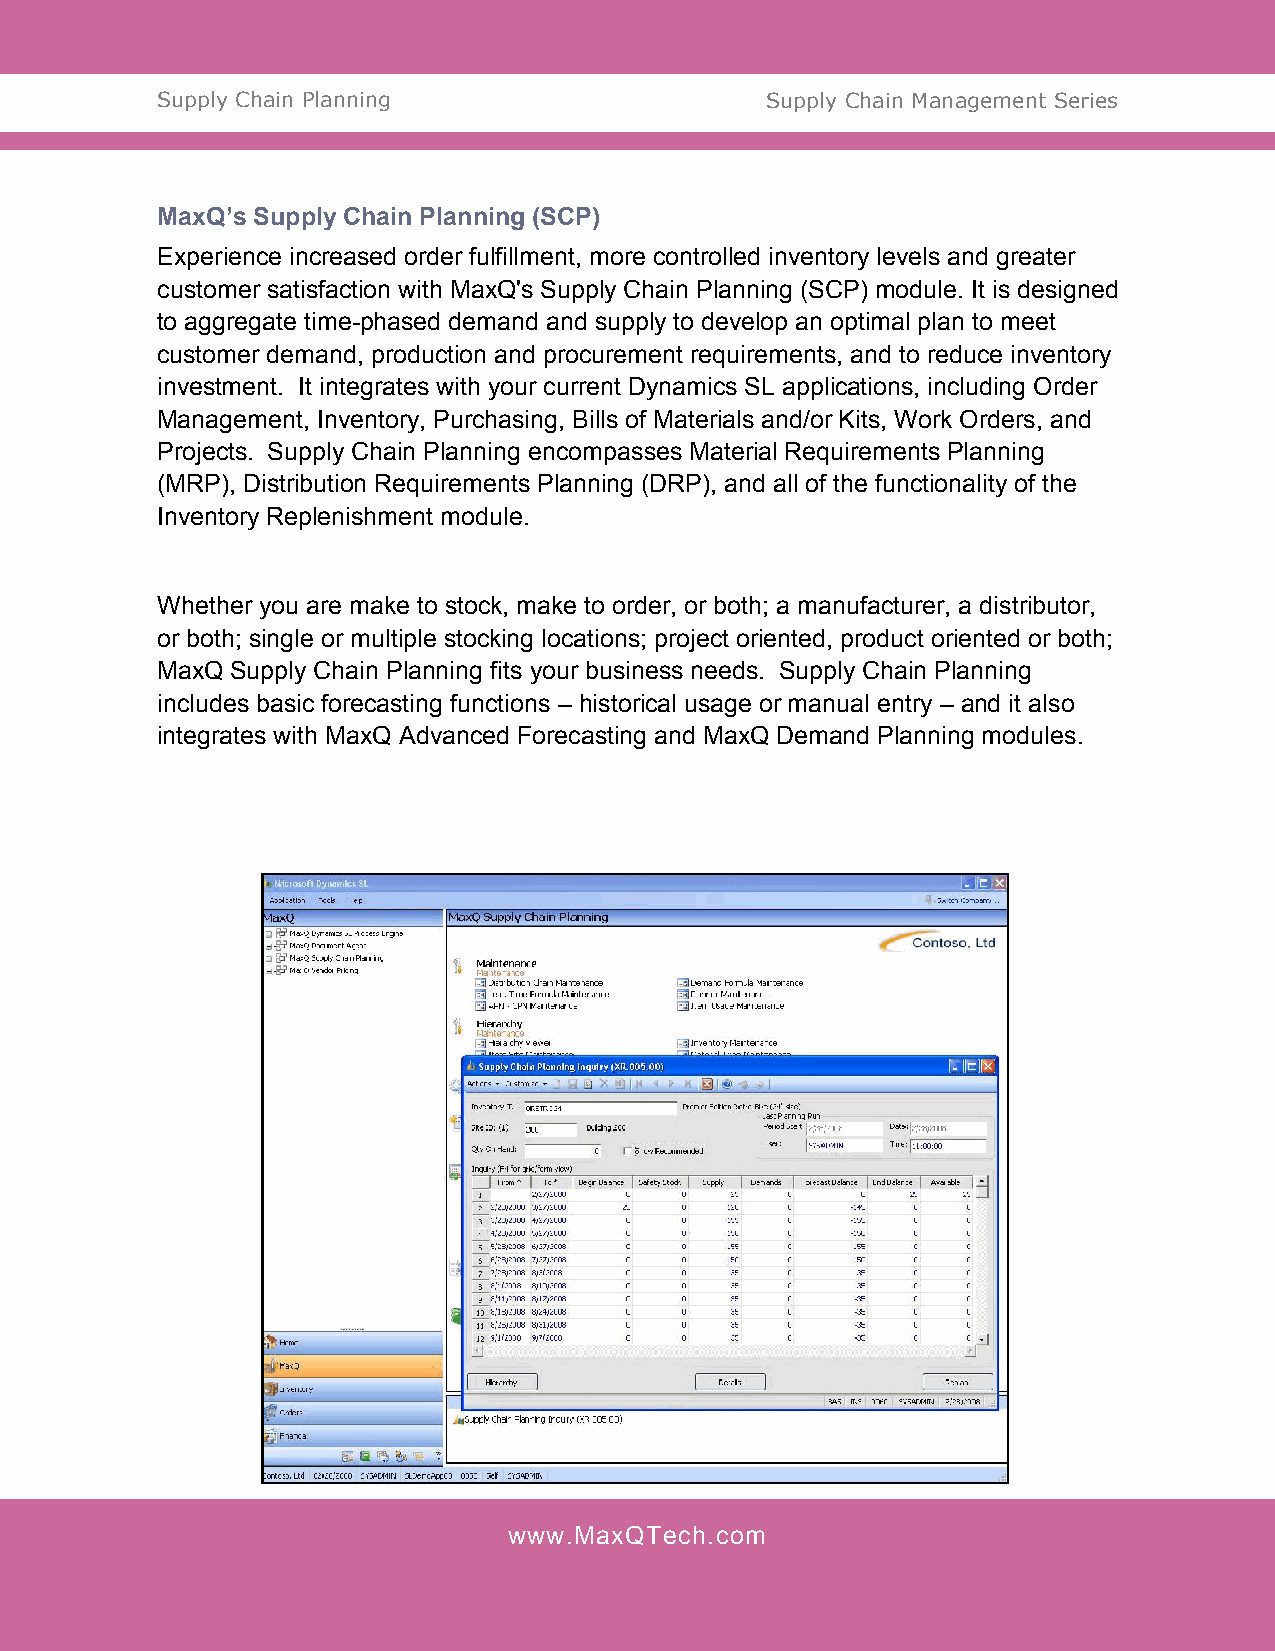
Supply Chain Planning                    Supply Chain Management Series
 MaxQ’s Supply Chain Planning (SCP)
 Experience increased order fulfillment, more controlled inventory levels and greater
 customer satisfaction with MaxQ's Supply Chain Planning (SCP) module. It is designed
 to aggregate time-phased demand and supply to develop an optimal plan to meet
 customer demand, production and procurement requirements, and to reduce inventory
 investment. It integrates with your current Dynamics SL applications, including Order
 Management, Inventory, Purchasing, Bills of Materials and/or Kits, Work Orders, and
 Projects. Supply Chain Planning encompasses Material Requirements Planning
 (MRP), Distribution Requirements Planning (DRP), and all of the functionality of the
 Inventory Replenishment module.
 Whether you are make to stock, make to order, or both; a manufacturer, a distributor,
 or both; single or multiple stocking locations; project oriented, product oriented or both;
 MaxQ Supply Chain Planning fits your business needs. Supply Chain Planning
 includes basic forecasting functions – historical usage or manual entry – and it also
 integrates with MaxQ Advanced Forecasting and MaxQ Demand Planning modules.
 www.MaxQTech.com